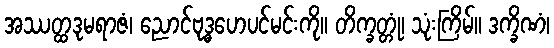
အဿတ္ထဒုမရာဇံ၊ ညောင်ဗုဒ္ဓဟေပင်မင်းကို။ တိက္ခတ္တုံ၊ သုံးကြိမ်။ ဒက္ခိဏံ၊